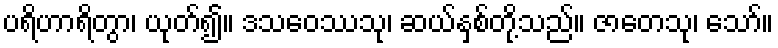
ပရိဟာရိတွာ၊ ယုတ်၍။ ဒသဝေဿသု၊ ဆယ်နှစ်တို့သည်။ ဇာတေသု၊ သော်။